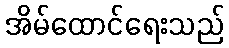
အိမ်ထောင်ရေးသည်